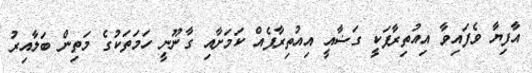
އާފިޔާ ވެފައިވާ އިއުތިރާފަކީ ގަޟާއީ އިއުތިރާފެއް ކަމަށާއި ގާނޫނީ ހަމަތަކުގެ މަތިން ބަލާއިރު